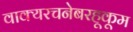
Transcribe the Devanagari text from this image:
वाक्यरचनेबरहूकूम